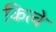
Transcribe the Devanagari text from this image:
कित्वे